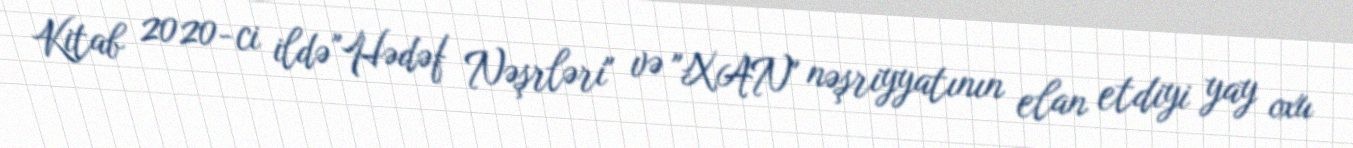
Kitab 2020-ci ildə "Hədəf Nəşrləri" və "XAN" nəşriyyatının elan etdiyi yay oxu